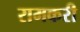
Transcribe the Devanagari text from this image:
रामकरी